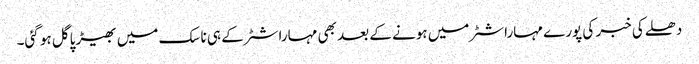
دھلے کی خبر کی پورے مہاراشٹر میں ہونے کے بعد بھی مہاراشٹر کے ہی ناسک میں بھیڑ پاگل ہو گئی۔